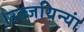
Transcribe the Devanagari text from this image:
।उज्जयिन्यां